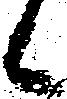
候